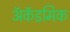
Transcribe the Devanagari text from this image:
अॅकॅडमिक